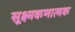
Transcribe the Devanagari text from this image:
सूक्ष्मकणात्मक